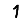
Digit: 1